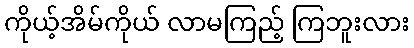
ကိုယ့်အိမ်ကိုယ် လာမကြည့် ကြဘူးလား